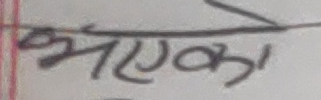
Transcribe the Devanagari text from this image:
भएको